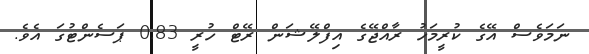
ނަމަވެސް އޭގެ ކުރީމަހު ރާއްޖޭގެ އިފްލޭޝަން ރޭޓް ހުރީ 0.83 ޕަސެންޓުގަ އެވެ.